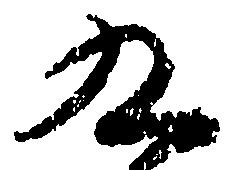
九